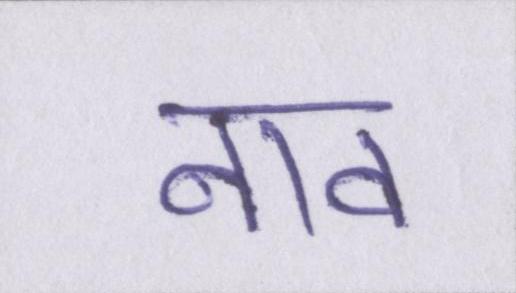
नाव